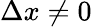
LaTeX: \Delta x\neq 0